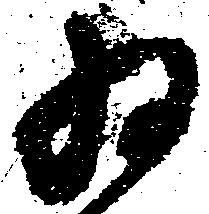
為